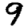
Digit: 9